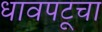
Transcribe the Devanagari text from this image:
धावपटूचा